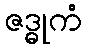
ဇဒ္ဓုကံ